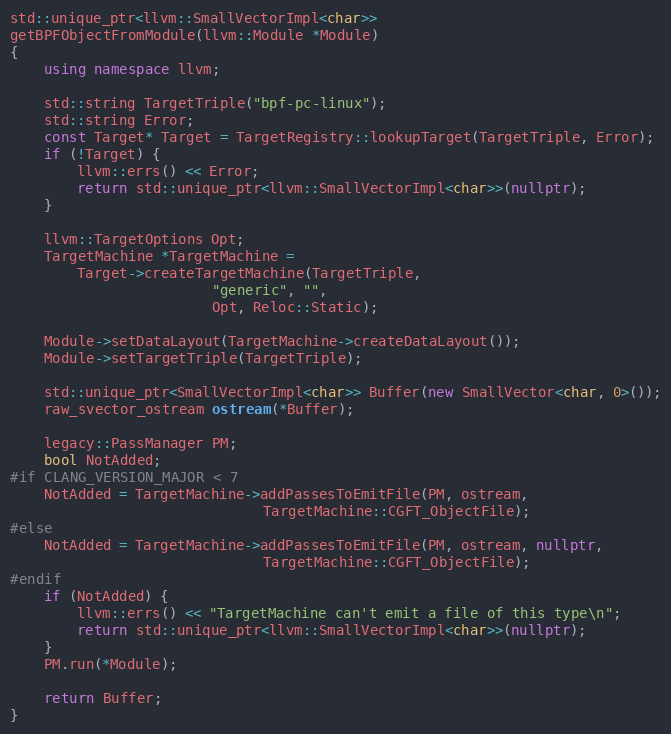
Language: C++
std::unique_ptr<llvm::SmallVectorImpl<char>>
getBPFObjectFromModule(llvm::Module *Module)
{
	using namespace llvm;

	std::string TargetTriple("bpf-pc-linux");
	std::string Error;
	const Target* Target = TargetRegistry::lookupTarget(TargetTriple, Error);
	if (!Target) {
		llvm::errs() << Error;
		return std::unique_ptr<llvm::SmallVectorImpl<char>>(nullptr);
	}

	llvm::TargetOptions Opt;
	TargetMachine *TargetMachine =
		Target->createTargetMachine(TargetTriple,
					    "generic", "",
					    Opt, Reloc::Static);

	Module->setDataLayout(TargetMachine->createDataLayout());
	Module->setTargetTriple(TargetTriple);

	std::unique_ptr<SmallVectorImpl<char>> Buffer(new SmallVector<char, 0>());
	raw_svector_ostream ostream(*Buffer);

	legacy::PassManager PM;
	bool NotAdded;
#if CLANG_VERSION_MAJOR < 7
	NotAdded = TargetMachine->addPassesToEmitFile(PM, ostream,
						      TargetMachine::CGFT_ObjectFile);
#else
	NotAdded = TargetMachine->addPassesToEmitFile(PM, ostream, nullptr,
						      TargetMachine::CGFT_ObjectFile);
#endif
	if (NotAdded) {
		llvm::errs() << "TargetMachine can't emit a file of this type\n";
		return std::unique_ptr<llvm::SmallVectorImpl<char>>(nullptr);
	}
	PM.run(*Module);

	return Buffer;
}